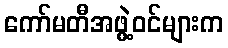
ကော်မတီအဖွဲ့ဝင်များက